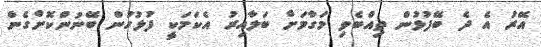
އޭރު އެ ދެ ބޭފުޅުން ތިއްބެވި މަގާމަށް ބަލާއިރު އެކަމަކީ ފުލުހުން ބޭނުންކޮށްގެން